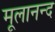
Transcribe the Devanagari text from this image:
मूलानन्द